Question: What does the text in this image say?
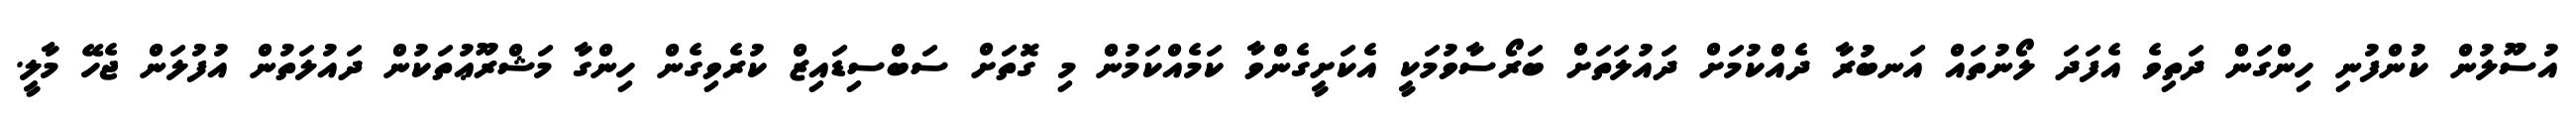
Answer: އުސޫލުން ކުންފުނި ހިންގަން ދަތިވެ އެފަދަ ލޯނުތައް އަނބުރާ ދެއްކުމަށް ދައުލަތަށް ބަރޯސާވުމަކީ އެކަށީގެންވާ ކަމެއްކަމުން މި ގޮތަށް ސަބްސިޑައިޒް ކުރެވިގެން ހިންގާ މަޝްރޫޢުތަކުން ދައުލަތުން އުފުލަން ޖެހޭ މާލީ.